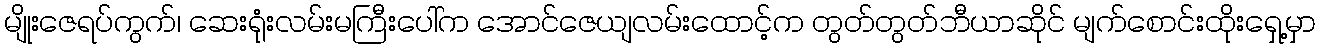
မျိုးဇေရပ်ကွက်၊ ဆေးရုံးလမ်းမကြီးပေါ်က အောင်ဇေယျလမ်းထောင့်က တွတ်တွတ်ဘီယာဆိုင် မျက်စောင်းထိုးရှေ့မှာ